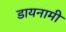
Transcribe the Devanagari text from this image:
डायनामी